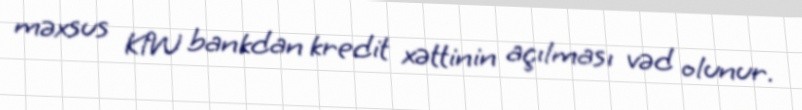
məxsus KfW bankdan kredit xəttinin açılması vəd olunur.